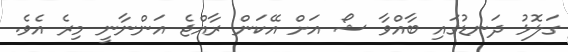
ގަލޮޅު ދަނޑުގައި ބާއްވާ ޝޯ އަށް އޭކަން ރާއްޖެ އަންނާނީ މިރެ އެވެ.